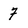
Character: 7